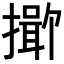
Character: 𪮯